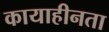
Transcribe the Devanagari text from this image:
कायाहीनता